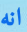
انه